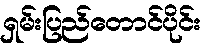
ရှမ်းပြည်တောင်ပိုင်း